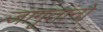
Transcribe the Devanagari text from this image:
जागृतांनो